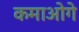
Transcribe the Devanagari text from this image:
कमाओगे